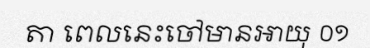
តា ពេលនេះចៅមានអាយុ ០១